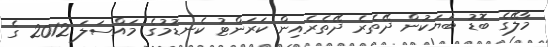
މާލޭގެ ބޮޑު ބަޔަކުން ދޭތެރެ ދޭތެރެއިން ކަރަންޓު ކެނޑުމުގެ މައްސަލަ 2012 ގެ